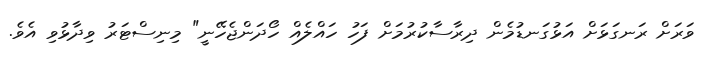
ވަރަށް ރަނގަޅަށް އަޅުގަނޑުމެން ދިރާސާކުރުމަށް ފަހު ހައްލެއް ހޯދަންޖެހޭނީ" މިނިސްޓަރު ވިދާޅުވި އެވެ.